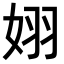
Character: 𪥵